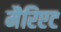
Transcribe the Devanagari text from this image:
मैरिएट